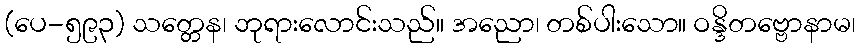
(ပေ-၅၉၃) သတ္တေန၊ ဘုရားလောင်းသည်။ အညော၊ တစ်ပါးသော။ ဝန္ဒိတဗ္ဗောနာမ၊